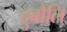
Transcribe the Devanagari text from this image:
दुबौलि